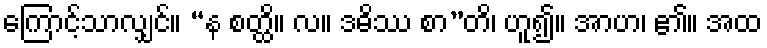
ကြောင့်သာလျှင်။ “န စတ္ထိ။ လ။ ဒဓိဿ စာ”တိ၊ ဟူ၍။ အာဟ၊ ၏။ အထ